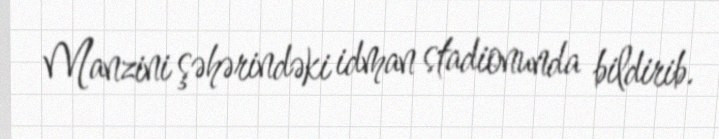
Manzini şəhərindəki idman stadionunda bildirib.